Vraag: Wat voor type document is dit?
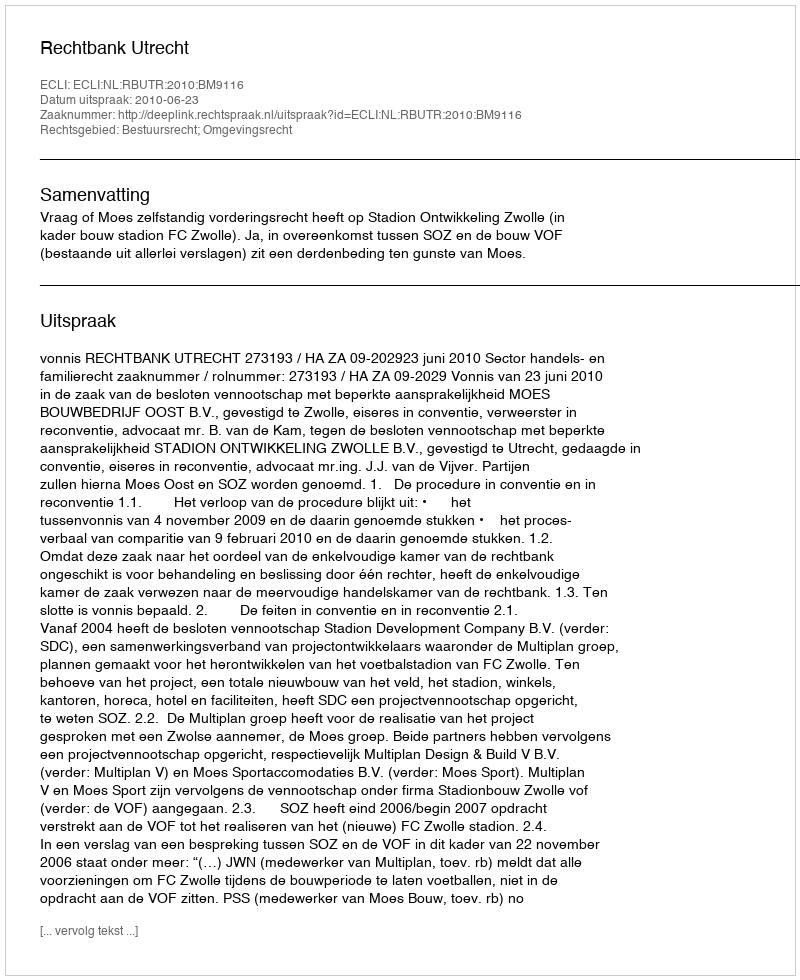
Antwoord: Uitspraak